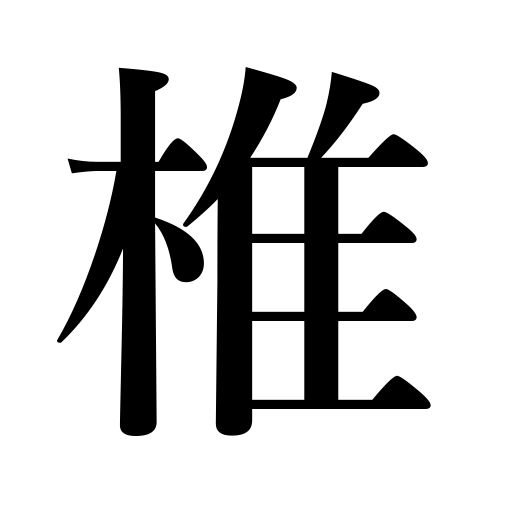
Meanings: hammer,mallet